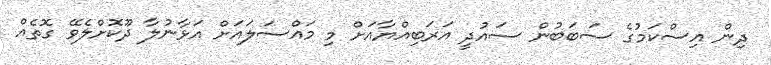
ދިން އިސްކަމުގެ ސަބަބުން ސައުދީ އަރަބިއްޔާއަށް މި މައްސަލައަށް އަޅާނުލާ ދޫކޮށްލެވޭ ގޮތެއް